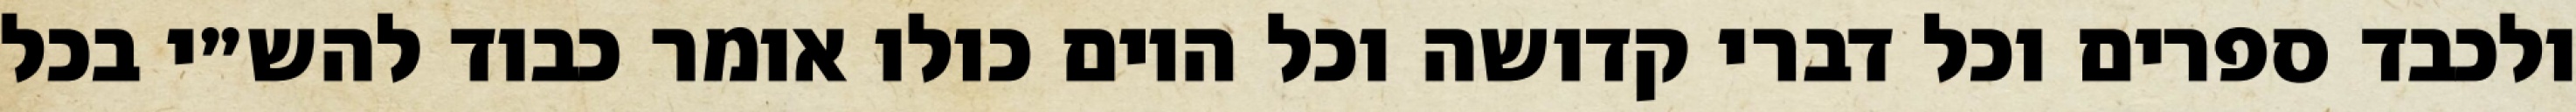
ולכבד ספרים וכל דברי קדושה וכל היום כולו אומר כבוד להש״י בכל